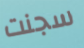
سجنت